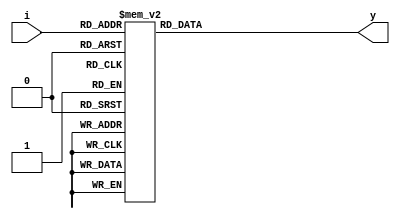
`timescale 1ns / 1ps

module decoder_3_8(
    output reg [7:0] y,
    input [2:0] i
    );
always@(*)
begin 
    case(i)
        3'b000: y= 8'b0000_0001;
        3'b001: y= 8'b0000_0010;
        3'b010: y= 8'b0000_0100;
        3'b011: y= 8'b0000_1000;
        3'b100: y= 8'b0001_0000;
        3'b101: y= 8'b0010_0000;
        3'b110: y= 8'b0100_0000;
        3'b111: y= 8'b1000_0000;
    endcase
end
endmodule